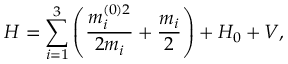
H = \sum _ { i = 1 } ^ { 3 } \left( \frac { m _ { i } ^ { ( 0 ) 2 } } { 2 m _ { i } } + \frac { m _ { i } } { 2 } \right) + H _ { 0 } + V ,